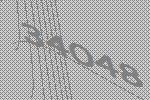
34048